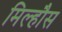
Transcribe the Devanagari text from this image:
मिल्हौस